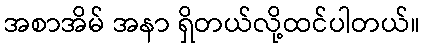
အစာအိမ် အနာ ရှိတယ်လို့ထင်ပါတယ်။